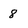
Character: 8